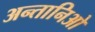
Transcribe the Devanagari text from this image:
अन्तानिओ